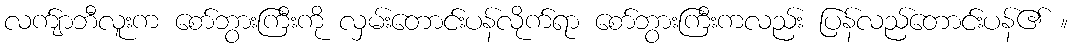
လက်ျာဘီလူးက စော်ဘွားကြီးကို လှမ်းတောင်းပန်လိုက်ရာ စော်ဘွားကြီးကလည်း ပြန်လည်တောင်းပန်၏ ။